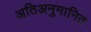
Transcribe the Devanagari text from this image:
अतिअनुमानित